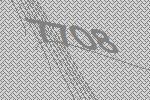
7708